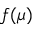
f ( \mu )